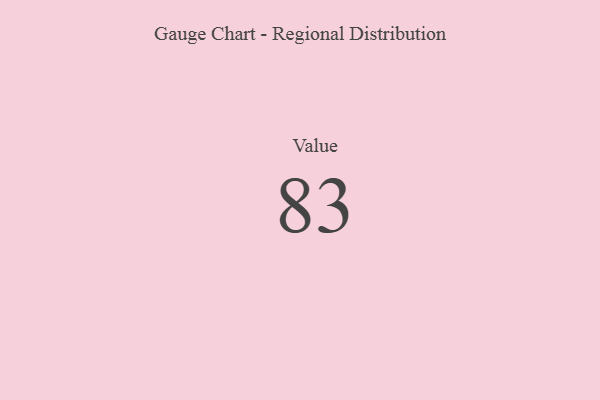
{"axis": {"x": "Metric", "y": "Value"}, "legend": [""], "data": [{"x": "Value", "y": 83, "type": ""}]}